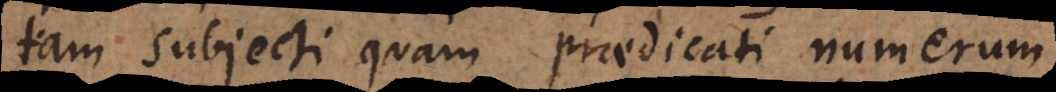
os subjecti quam praedicati numerum